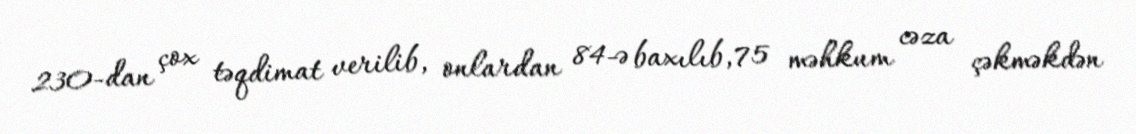
230-dan çox təqdimat verilib, onlardan 84-ə baxılıb, 75 məhkum cəza çəkməkdən